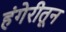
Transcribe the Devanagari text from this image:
हंगेरीतून